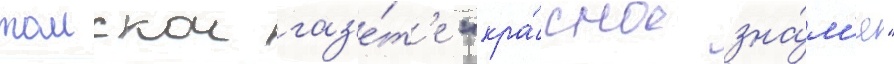
томскои газ'е́т'е "кра́сное зна́м'я"